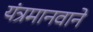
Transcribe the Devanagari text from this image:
यंत्रमानवाने